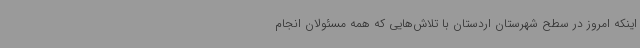
اینکه امروز در سطح شهرستان اردستان با تلاش‌هایی که همه مسئولان انجام